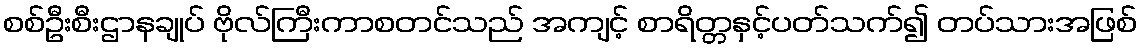
စစ်ဦးစီးဌာနချုပ် ဗိုလ်ကြီးကာစတင်သည် အကျင့် စာရိတ္တနှင့်ပတ်သက်၍ တပ်သားအဖြစ်